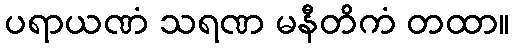
ပရာယဏံ သရဏ မနီတိကံ တထာ။